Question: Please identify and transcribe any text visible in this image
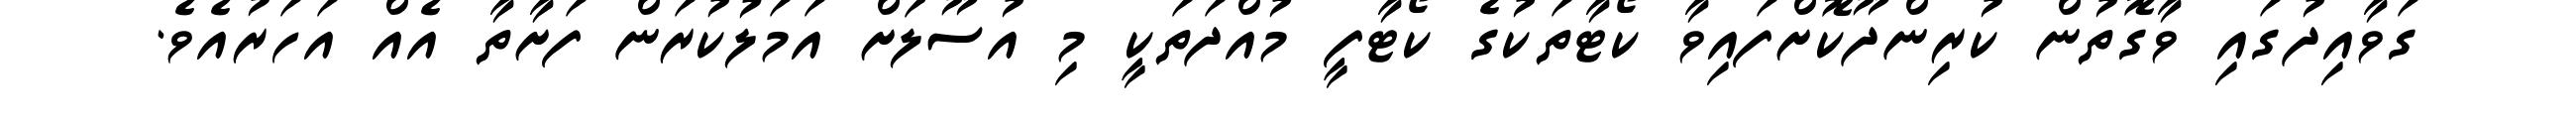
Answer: ގަވާއިދުގައި ވާގޮތުން ކުރިންދޫކޮށްފައިވާ ކޯޓާތަކުގެ ކޯޓާފީ މުއްދަތަކީ މި އުސޫލަށް އަމަލުކުރަން ފަށާތާ އެއް އަހަރުއެވެ.